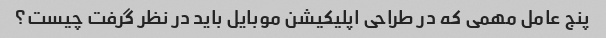
پنج عامل مهمی که در طراحی اپلیکیشن موبایل باید در نظر گرفت چیست؟